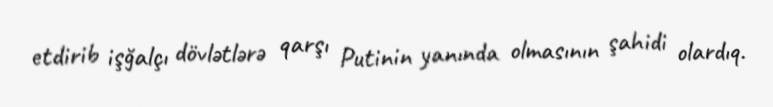
etdirib işğalçı dövlətlərə qarşı Putinin yanında olmasının şahidi olardıq.